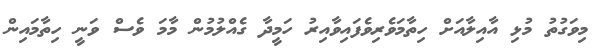
މިވަގުތު މުޅި އާއިލާއަށް ހިތާމަވެރިވެފައިވާއިރު ހަމީދާ ގެއްލުމުން މާމަ ވެސް ވަނީ ހިތާމައިން